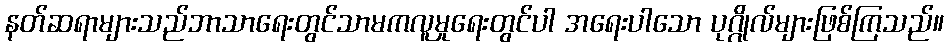
နတ်ဆရာများသည်ဘာသာရေးတွင်သာမကလူမှုရေးတွင်ပါ အရေးပါသော ပုဂ္ဂိုလ်များဖြစ်ကြသည်။